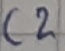
Text: C2